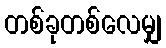
တစ်ခုတစ်လေမျှ